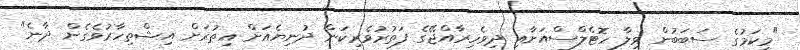
"މިކަމުގެ ސަބަބުން ވިލާ ހޮޓެލްސްއަށާއި ދިވެހިރާއްޖޭގެ ފަތުރުވެރިކަން ދުނިޔެއަށް އިތުރަށް އިޝްތިހާރުވެގެން ދާނެ"